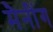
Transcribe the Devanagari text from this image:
मैनींग